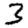
Digit: 3